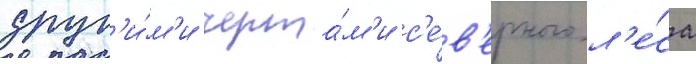
друг'и́м'и черта́м'и с'е́в'ерного л'е́са